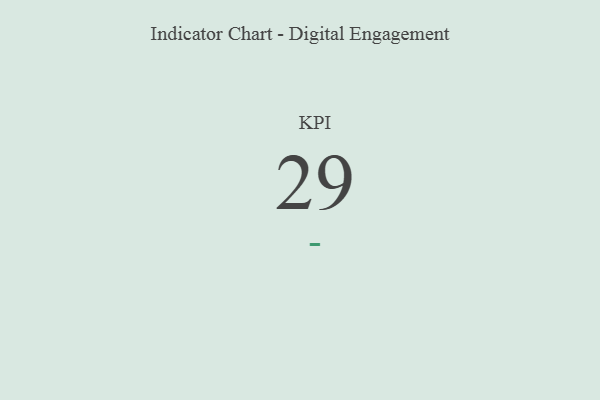
{"axis": {"x": "KPI", "y": "Value"}, "legend": [""], "data": [{"x": "KPI", "y": 29, "type": ""}]}